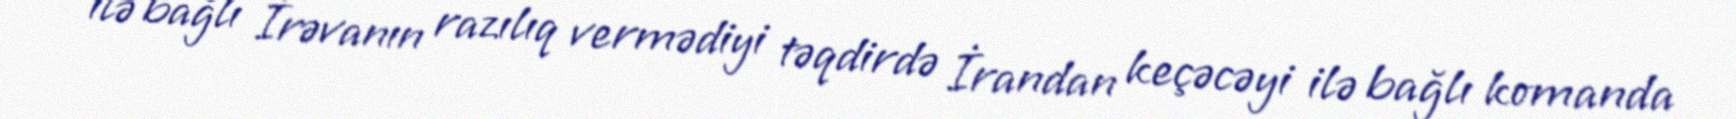
ilə bağlı İrəvanın razılıq vermədiyi təqdirdə İrandan keçəcəyi ilə bağlı komanda